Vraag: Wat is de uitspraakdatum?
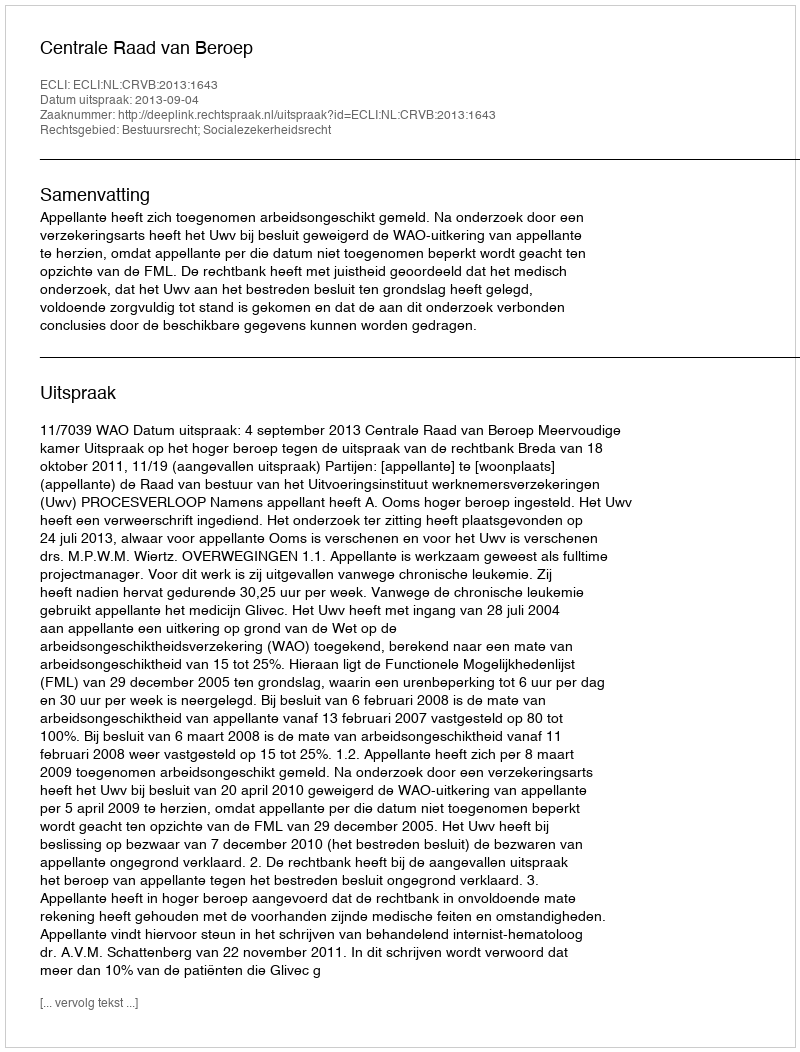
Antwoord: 2013-09-04